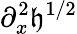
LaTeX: \partial_{x}^{2}\mathfrak{h}^{1/2}